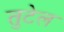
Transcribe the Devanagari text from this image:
तुटेल